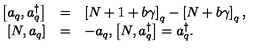
\begin{array} { r c l } { \displaystyle \left[ a _ { q } , a _ { q } ^ { \dagger } \right] } & { = } & { \left[ N + 1 + b \gamma \right] _ { q } - \left[ N + b \gamma \right] _ { q } , } \\ { \displaystyle \left[ N , a _ { q } \right] } & { = } & { - a _ { q } , \displaystyle \left[ N , a _ { q } ^ { \dagger } \right] = a _ { q } ^ { \dagger } . } \\ \end{array}